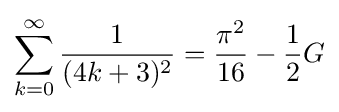
\sum _{k=0}^{\infty }{\frac {1}{(4k+3)^{2}}}={\frac {\pi ^{2}}{16}}-{\frac {1}{2}}G